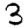
Digit: 3